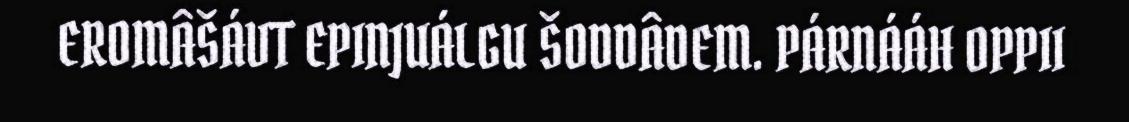
EROMÂŠÁVT EPINJUÁLGU ŠODDÂDEM. PÁRNÁÁH OPPII